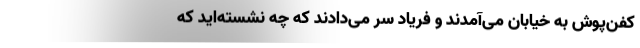
کفن‌پوش به خیابان می‌آمدند و فریاد سر می‌دادند که چه نشسته‌اید که